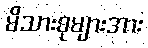
မိသားစုများအား